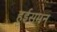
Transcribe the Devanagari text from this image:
हुईसमन